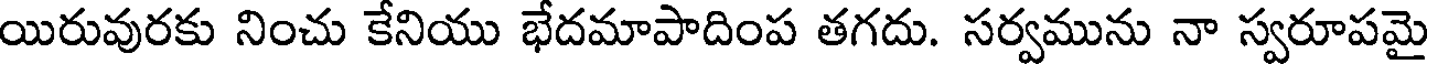
యిరువురకు నించు కేనియు భేదమాపాదింప తగదు. సర్వమును నా స్వరూపమై